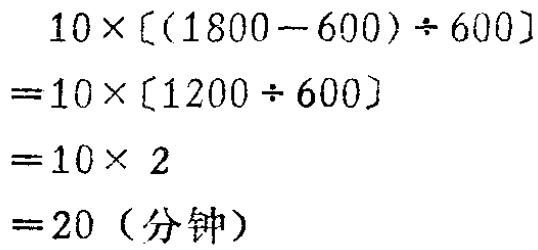
\[
\begin{align*}
&10\times[(1800 - 600)\div600]\\
=&10\times[1200\div600]\\
=&10\times2\\
=&20 \text{（分钟）}
\end{align*}
\]